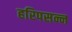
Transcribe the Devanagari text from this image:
हरिपसन्न